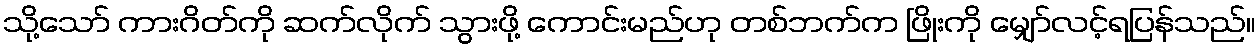
သို့သော် ကားဂိတ်ကို ဆက်လိုက် သွားဖို့ ကောင်းမည်ဟု တစ်ဘက်က ဖြိုးကို မျှော်လင့်ရပြန်သည်။